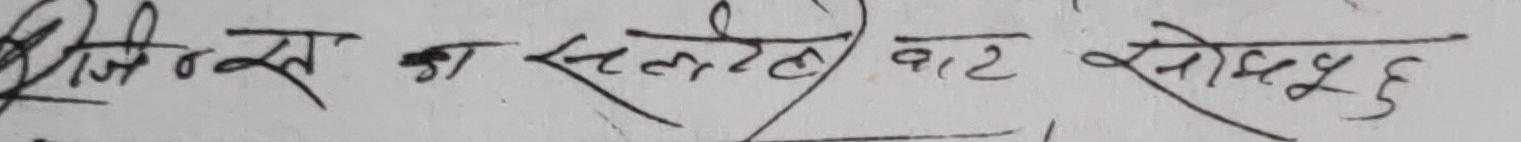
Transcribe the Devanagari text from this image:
जिन्ट्स का सल्फेट वाट सोड्युम